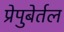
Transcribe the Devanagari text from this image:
प्रेपुबेर्तल